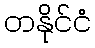
တနိုင်ငံ